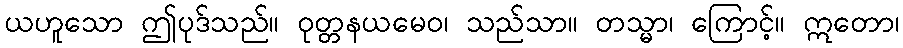
ယဟူသော ဤပုဒ်သည်။ ဝုတ္တနယမေဝ၊ သည်သာ။ တသ္မာ၊ ကြောင့်။ ဣတော၊